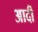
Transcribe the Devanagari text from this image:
अादी